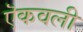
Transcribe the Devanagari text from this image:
ऎकवली